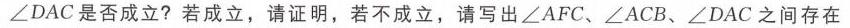
\(\angle DAC\)是否成立？若成立，请证明，若不成立，请写出\(\angle AFC\)、\(\angle ACB\)、\(\angle DAC\)之间存在